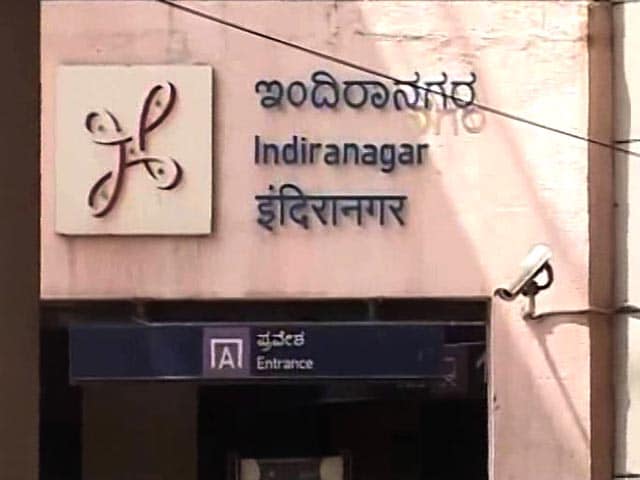
Language: kannada
Transcription: ಇಂದಿರಾನಗರ